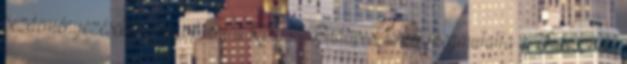
kezdeményezésekkel megvédeni a Rómait. Budapest ismét megmutatta a Fidesznek,